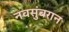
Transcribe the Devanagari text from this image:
नवसुंबरान